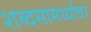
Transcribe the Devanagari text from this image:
शब्दसामर्थ्यावर